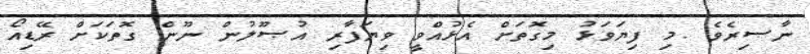
ނާޞިރެވެ .މި ފިޔަވަޅު މިގޮތަށް އެޅުއްވީ ވިޔަފާރި އުޞޫލުން ނޫން ގޮތަކަށް ރޭޑިއޯ